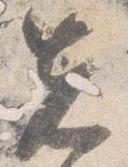
先